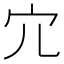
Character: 宂